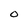
Character: O